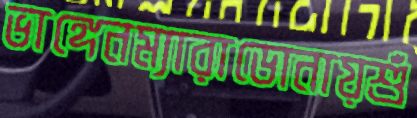
ভাঙ্গেনম্যারাডোনায়শুঁ